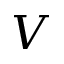
V